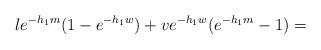
LaTeX: \begin{align*}le^{-h_{1}m}(1-e^{-h_{1}w})+ve^{-h_{1}w}(e^{-h_{1}m}-1) = \end{align*}